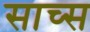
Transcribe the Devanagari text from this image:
साच्स